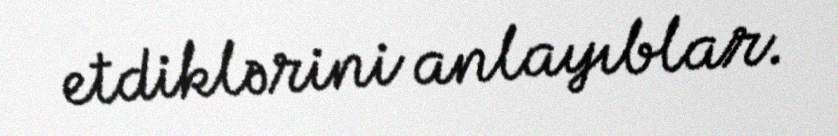
etdiklərini anlayıblar.